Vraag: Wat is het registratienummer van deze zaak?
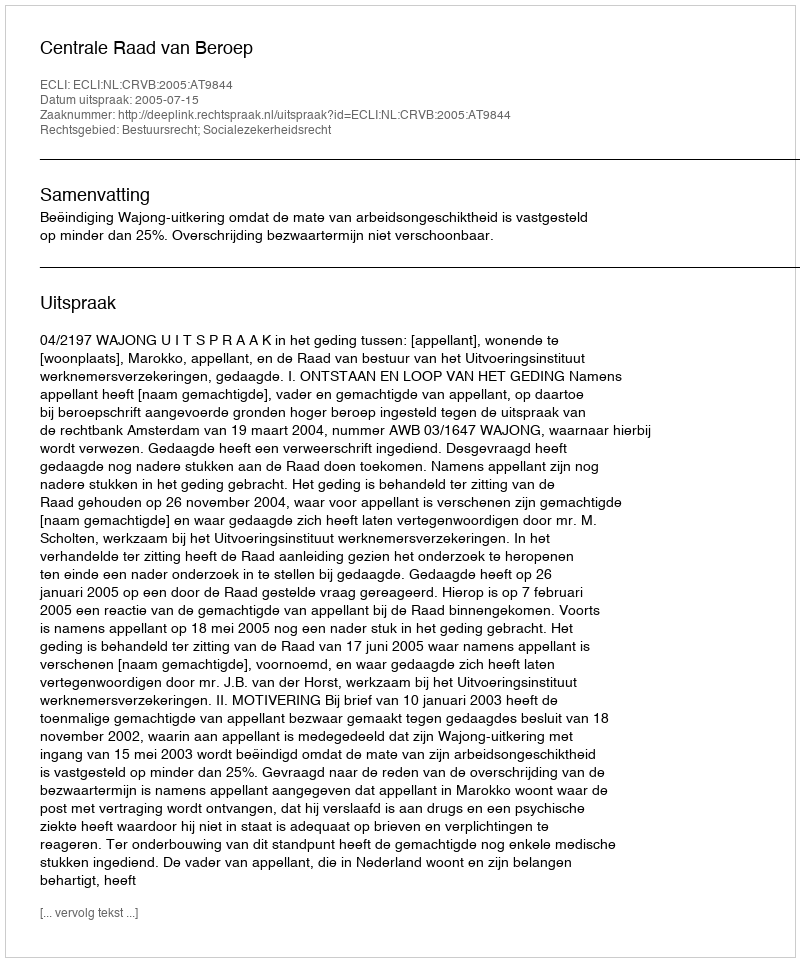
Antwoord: http://deeplink.rechtspraak.nl/uitspraak?id=ECLI:NL:CRVB:2005:AT9844